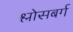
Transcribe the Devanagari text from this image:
श्लोसबर्ग